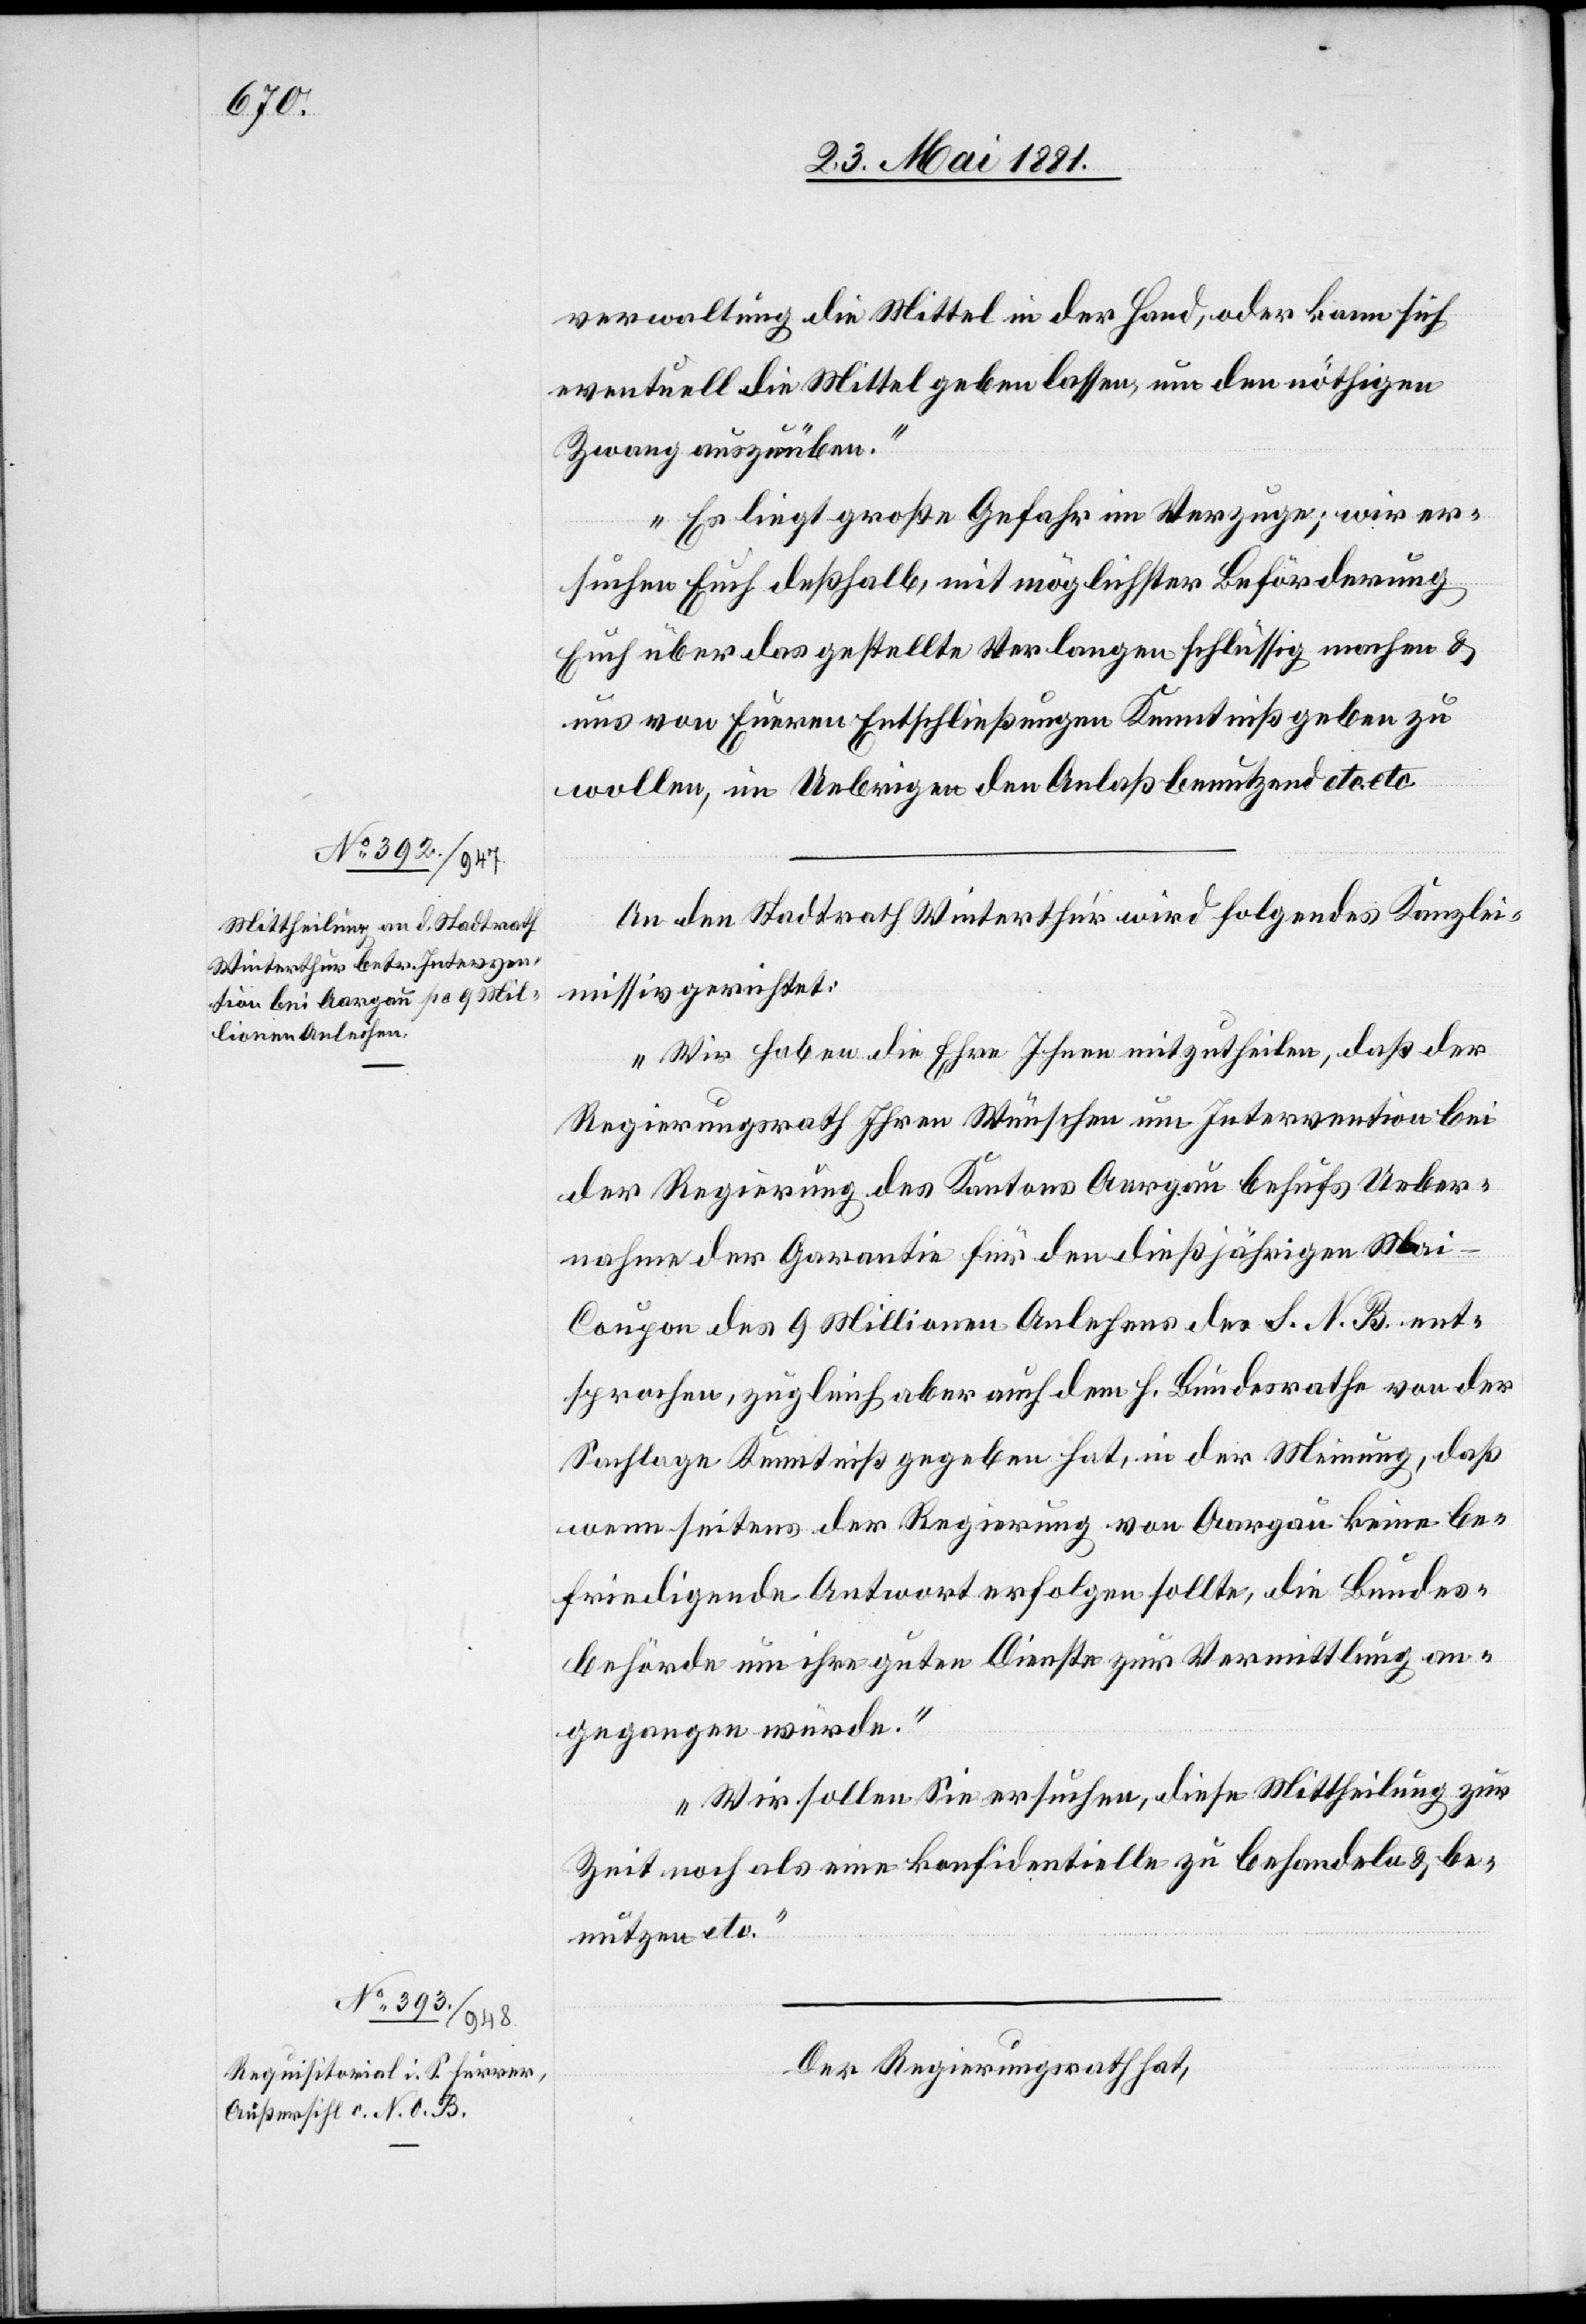
verwaltung die Mittel in der Hand, oder kann sich
eventuell die Mittel geben lassen, um den nöthigen
Zwang auszuüben.
Es liegt große Gefahr im Verzuge; wir er¬
suchen Euch deßhalb, mit möglichster Beförderung
Euch über das gestellte Verlangen schlüssig machen &
uns von Eueren Entschließungen Kenntniß geben zu
wollen, im Uebrigen den Anlaß benutzend etc. etc.“
An den Stadtrath Winterthur wird folgendes Kanzlei¬
missiv gerichtet:
„Wir haben die Ehre Ihnen mitzutheilen, daß der
Regierungsrath Ihren Wünschen um Intervention bei
der Regierung des Kantons Aargau behufs Ueber¬
nahme der Garantie für den dießjährigen Ma¬
i-Coupon des 9 Millionen Anle[i]hens des S. N. B. ent¬
sprochen, zugleich aber auch dem h. Bundesrathe von der
Sachlage Kenntniß gegeben hat, in der Meinung, daß
wenn seitens der Regierung von Aargau keine be¬
friedigende Antwort erfolgen sollte, die Bundes¬
behörde um ihre guten Dienste zur Vermittlung an¬
gegangen würde.
Wir sollen Sie ersuchen, diese Mittheilung zur
Zeit noch als eine konfidentielle zu behandeln & be¬
nutzen etc.“
Der Regierungsrath hat,